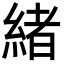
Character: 緒